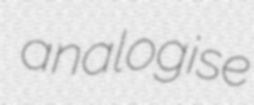
analogise